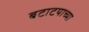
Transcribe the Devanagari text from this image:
बटाटयाच्या